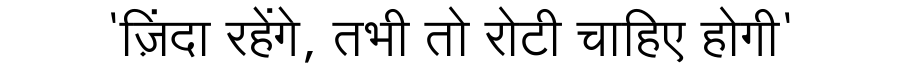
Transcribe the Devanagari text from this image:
'ज़िंदा रहेंगे, तभी तो रोटी चाहिए होगी'